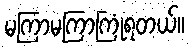
မကြာမကြာကြုံရတယ်။